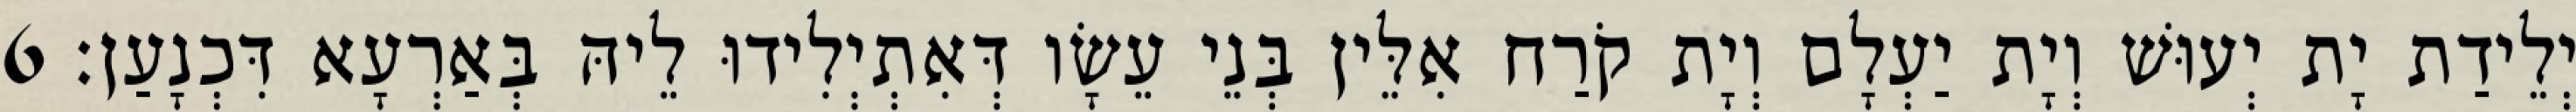
יְלֵידַת יָת יְעוּשׁ וְיָת יַעְלָם וְיָת קֹרַח אִלֵּין בְּנֵי עֵשָׂו דְּאִתְיְלִידוּ לֵיהּ בְּאַרְעָא דִּכְנָעַן׃ 6